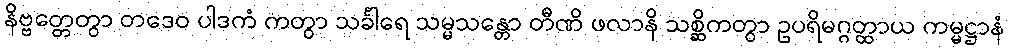
နိဗ္ဗတ္တေတွာ တဒေဝ ပါဒကံ ကတွာ သင်္ခါရေ သမ္မသန္တော တီဏိ ဖလာနိ သစ္ဆိကတွာ ဥပရိမဂ္ဂတ္ထာယ ကမ္မဋ္ဌာနံ